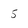
Character: 5